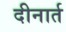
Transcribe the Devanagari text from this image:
दीनार्त